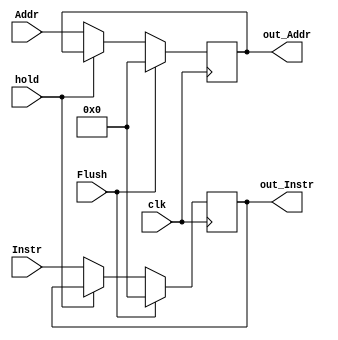
`timescale 1ns / 1ps
//////////////////////////////////////////////////////////////////////////////////
// Company: 
// Engineer: 
// 
// Design Name: 
// Module Name: IF_ID
// Project Name: 
// Target Devices: 
// Tool Versions: 
// Description: 
// 
// Dependencies: 
// 
// Revision:
// Revision 0.01 - File Created
// Additional Comments:
// 
//////////////////////////////////////////////////////////////////////////////////


module IF_ID(input clk,hold,Flush,
             input [31:0] Instr, Addr,
             output reg [31:0] out_Instr, out_Addr);
             always @(posedge clk) begin
            if(Flush==1'b1)
             begin
             out_Instr<=32'b0;
             out_Addr<=32'b0;             
             end
             else if(hold==1'b1)begin
             out_Instr<=out_Instr;
             out_Addr<=out_Addr;
             end
             else begin
             out_Instr<=Instr;
             out_Addr<=Addr;
             end
             end
             initial begin
             out_Instr <= 32'b0;
             out_Addr <= 32'b0;
             end
             
endmodule